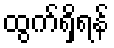
ထွက်ရှိရန်